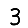
Digit: 3